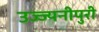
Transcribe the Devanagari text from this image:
उज्ज्यनीपुरी